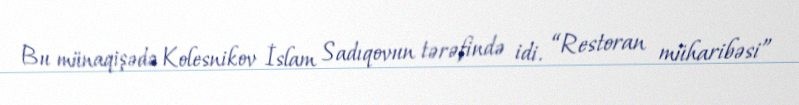
Bu münaqişədə Kolesnikov İslam Sadıqovun tərəfində idi. “Restoran müharibəsi”